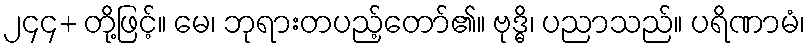
၂၄၄+ တို့ဖြင့်။ မေ၊ ဘုရားတပည့်တော်၏။ ဗုဒ္ဓိ၊ ပညာသည်။ ပရိဏာမံ၊